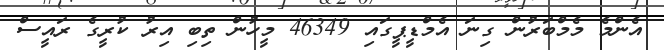
އެންމެ މެމްބަރުން ގިނަ އެމްޑީޕީގައި 46349 މީހުން ތިބި އިރު ކުރީގެ ރައީސް